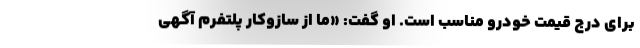
برای درج قیمت خودرو مناسب است. او گفت: «ما از سازوکار پلتفرم آگهی